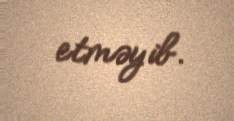
etməyib.